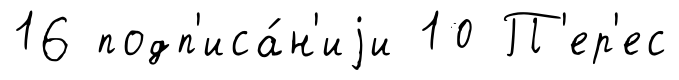
16 подп'иса́н'иjи 10 П'ер'ес